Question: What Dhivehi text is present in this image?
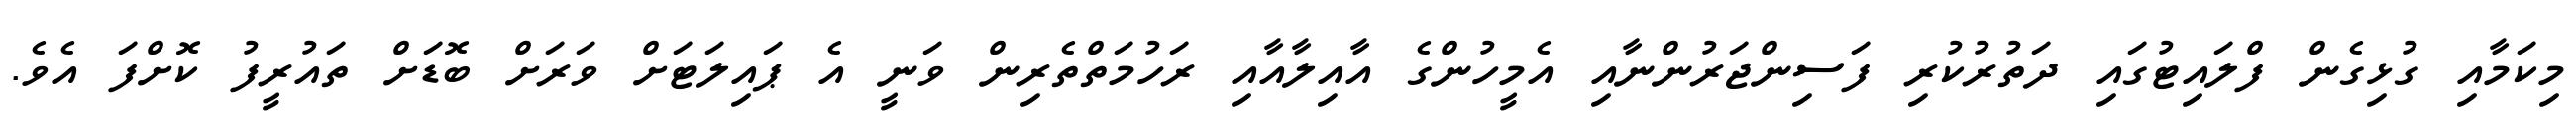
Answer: މިކަމާއި ގުޅިގެން ފްލައިޓުގައި ދަތުރުކުރި ފަސިންޖަރުންނާއި އެމީހުންގެ އާއިލާއާއި ރަހުމަތްތެރިން ވަނީ އެ ޕައިލަޓަށް ވަރަށް ބޮޑަށް ތައުރީފު ކޮށްފަ އެވެ.